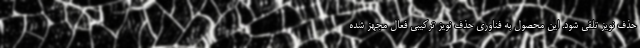
حذف نویز تلقی شود. این محصول به فناوری حذف نویز ترکیبی فعال مجهز شده